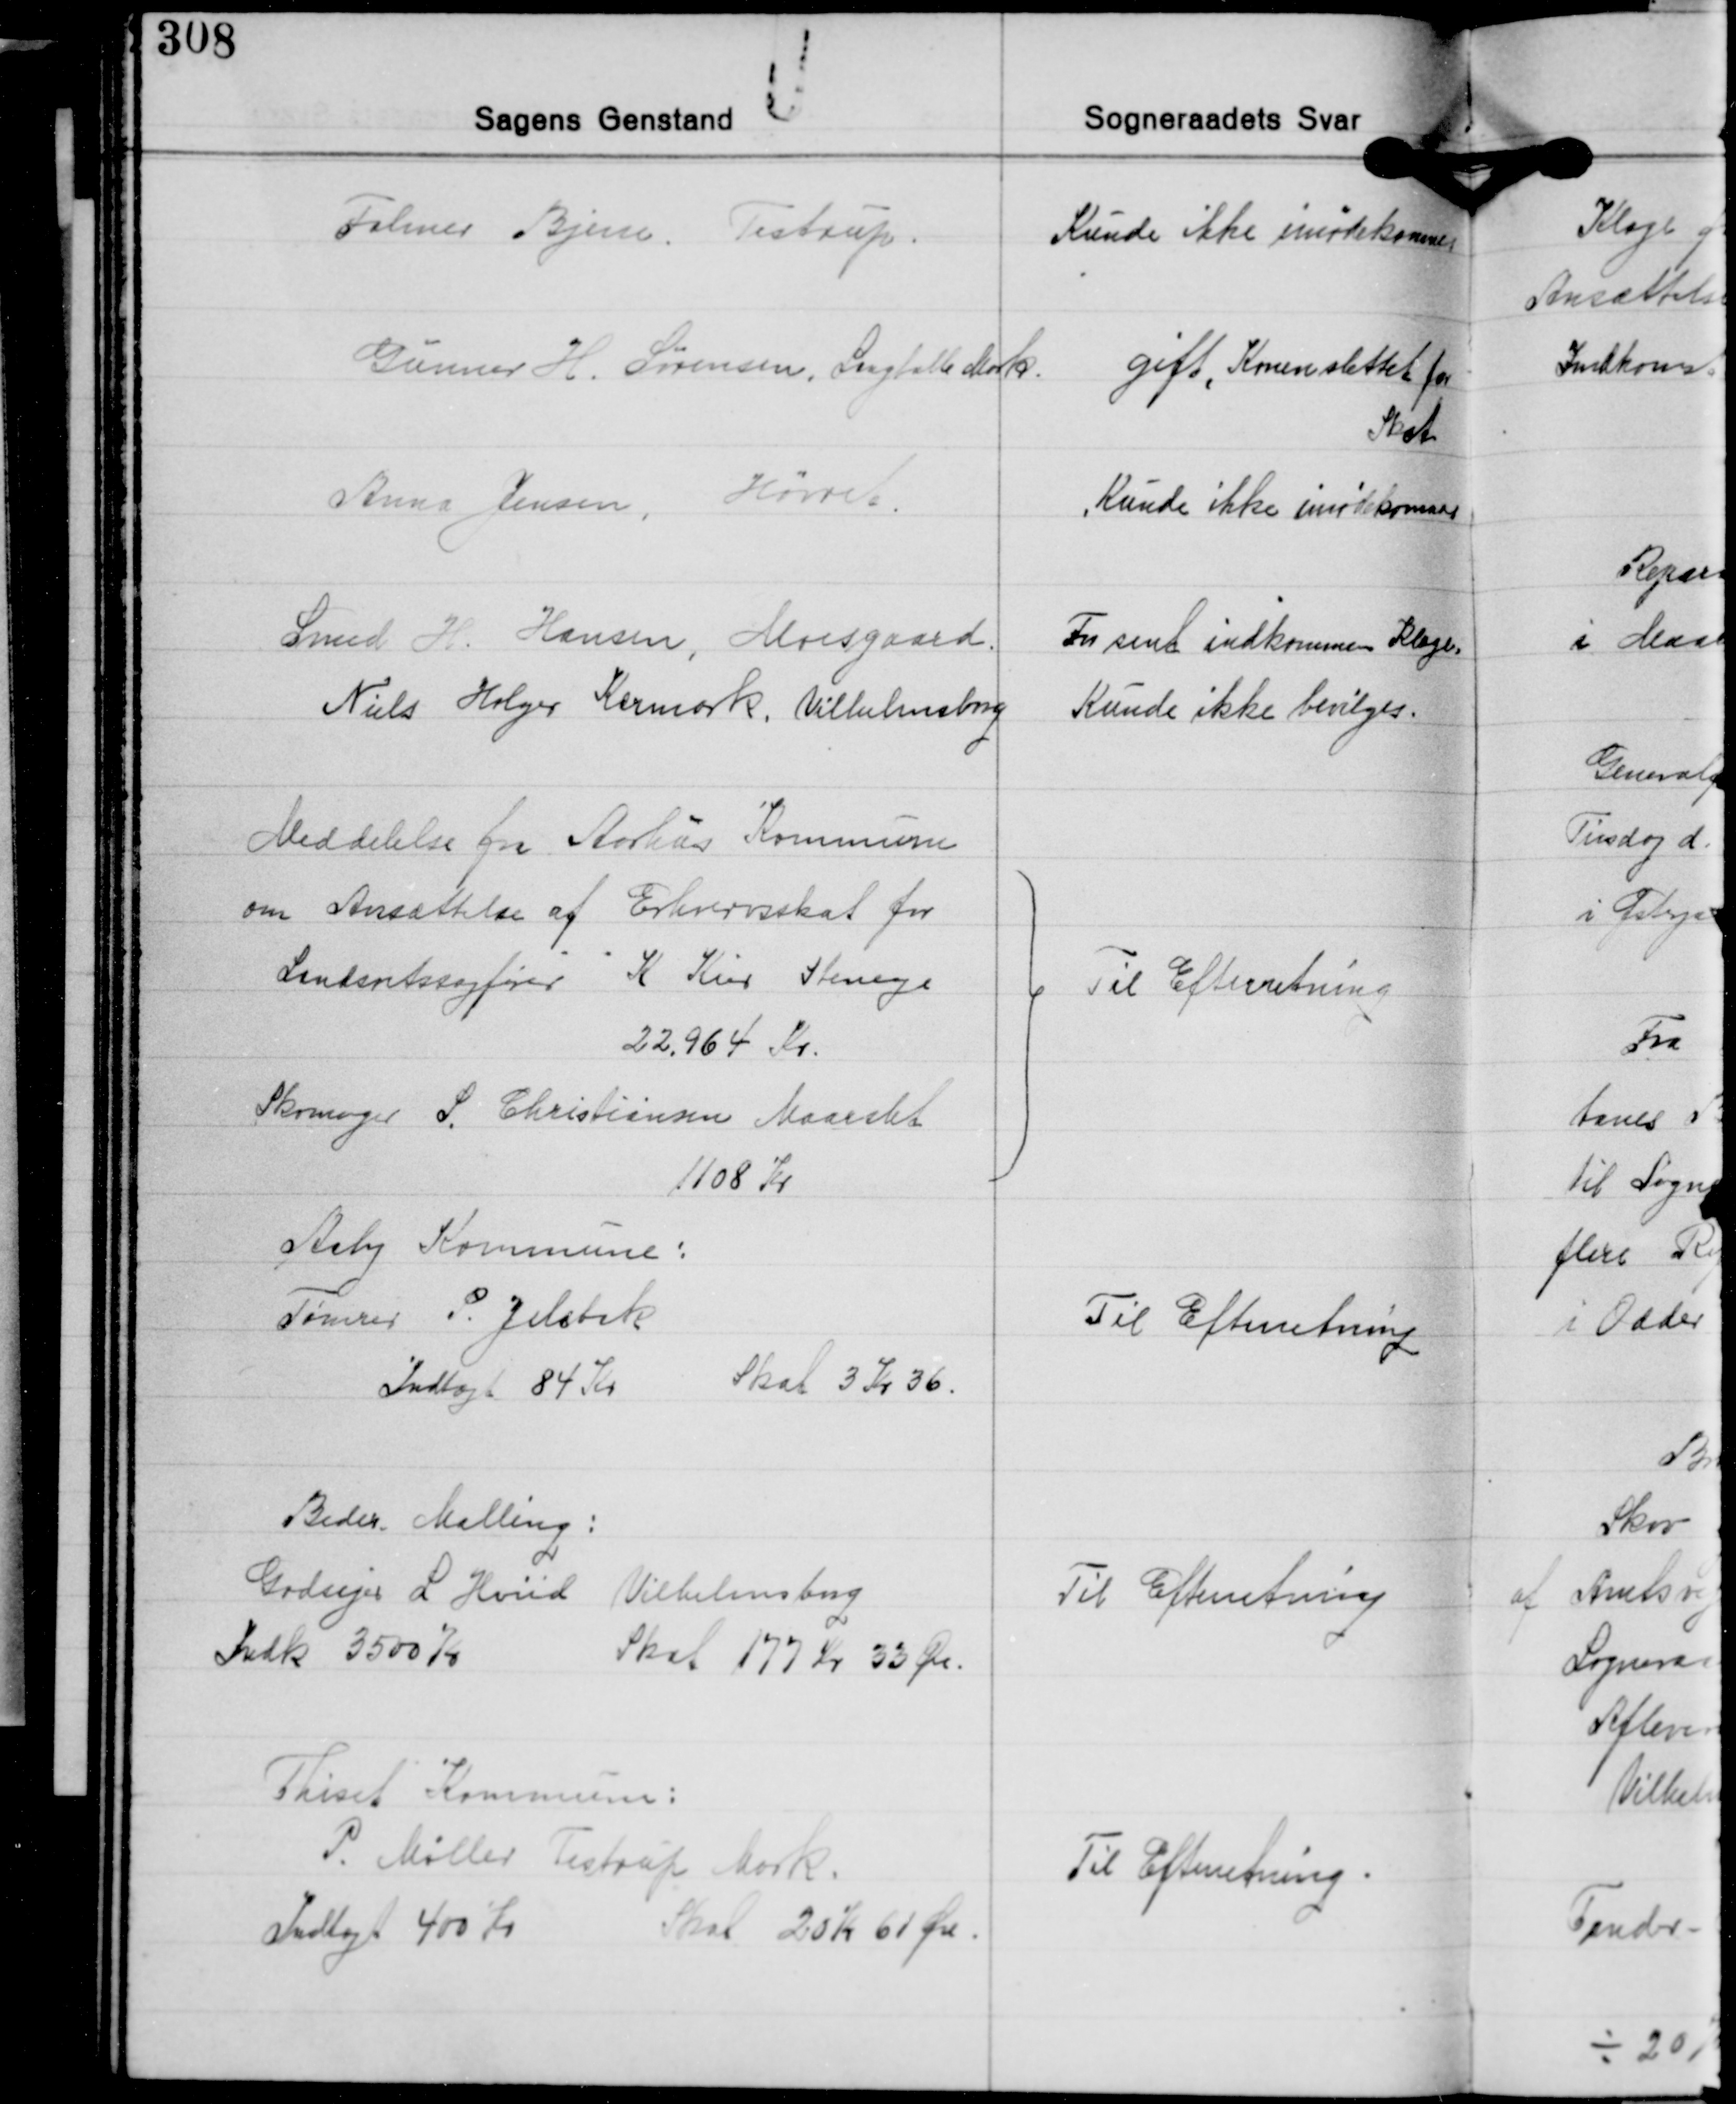
Transskription:
Folmer Bjern, Testrup.

Kunde ikke mødekommes

Gunner H. Sørensen, Langballe Mark.

gift, Konen slettet for
Skat

Anna Jensen, Hørret.

Kunde ikke imødekommes

Smed H. Hansen, Moesgaard

For sent indkommen Klage.

Niels Holger Kermark, Vilhelmsborg

Kunde ikke bevilges.

Meddelelse fra Aarhus Kommune
om Ansættelse af Erhvervsskat for
Landsretssagfører K Kier Stenege
22.964 Kr.
Skomager S. Christiansen Maarslet
1108 Kr.

Til Efterretning

Aaby Kommune:
Tømrer P. Jelsbak
Indtægt 84 Kr
Skat 3 Kr. 36.

Til Efterretning

Beder Malling:
Godsejer L. Hviid Vilhelmsborg
Indk. 3500 Kr.
Skat 177 Kr. 33 Øre.

Til Efterretning

Thiset Kommune:
P. Møller Testrup Mark.
Indlægt 400 Kr.
Skat 20 Kr. 61 Øre.

Til Efterretning